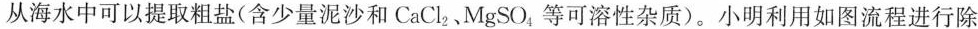
从海水中可以提取粗盐(含少量泥沙和CaCl_{2}、MgSO_{4}等可溶性杂质)。小明利用如图流程进行除